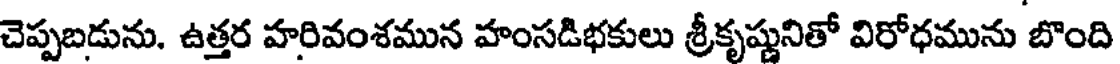
చెప్పబడును. ఉత్తర హరివంశమున హంసడిభకులు శ్రీకృష్ణునితో విరోధమును బొంది